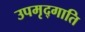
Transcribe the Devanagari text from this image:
उपमृद्गाति